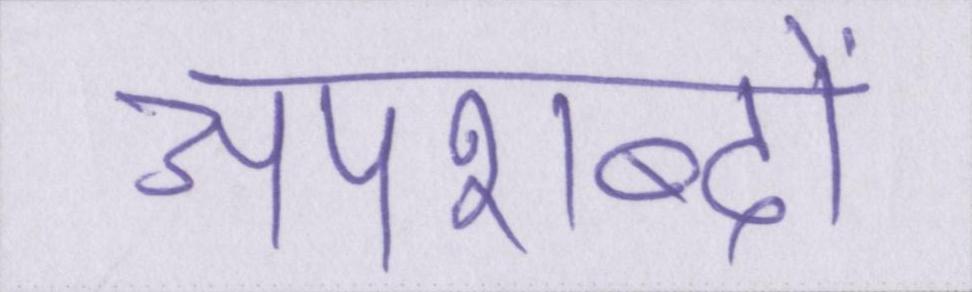
अपशब्दों